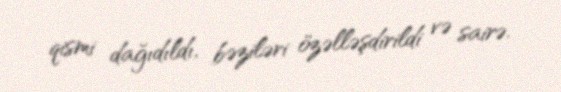
qismi dağıdıldı, bəziləri özəlləşdirildi və sairə.